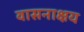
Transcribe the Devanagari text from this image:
वासनाक्षय